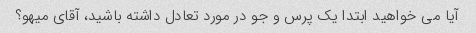
آیا می خواهید ابتدا یک پرس و جو در مورد تعادل داشته باشید، آقای میهو؟